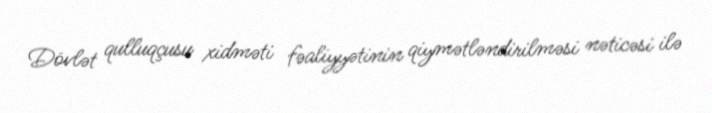
Dövlət qulluqçusu xidməti fəaliyyətinin qiymətləndirilməsi nəticəsi ilə